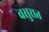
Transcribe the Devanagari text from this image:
वसुरात